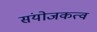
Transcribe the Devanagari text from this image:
संयोजकत्व